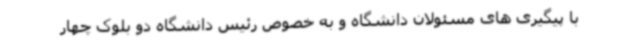
با پیگیری های مسئولان دانشگاه و به خصوص رئیس دانشگاه دو بلوک چهار